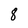
Character: 8